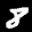
Label: 8